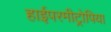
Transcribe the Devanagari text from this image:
हाईपरमीट्रोपिया